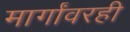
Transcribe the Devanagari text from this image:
मार्गांवरही